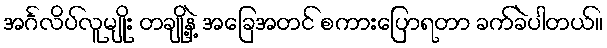
အင်္ဂလိပ်လူမျိုး တချို့နဲ့ အခြေအတင် စကားပြောရတာ ခက်ခဲပါတယ်။